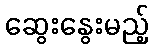
ဆွေးနွေးမည့်